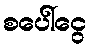
စပေါ်ငွေ